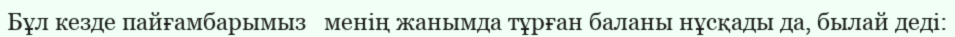
Бұл кезде пайғамбарымыз   менің жанымда тұрған баланы нұсқады да, былай деді: